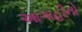
આગાહીનો